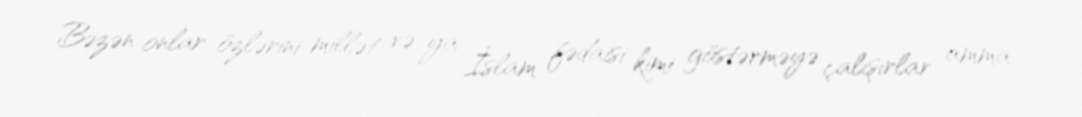
Bəzən onlar özlərini millət və ya İslam fədaisi kimi göstərməyə çalışırlar amma